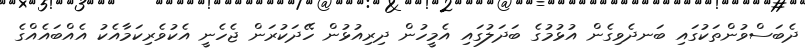
ދެބަސްވުންތަކުގައި ބަނދެވިގެން އުޅުމުގެ ބަދަލުގައި އެމީހުން ދިރިއުޅުން ހޭދަކުރަން ޖެހެނީ އެކުވެރިކަމާއެކު އެއްބައެއްގެ